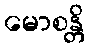
မောစန္တိ